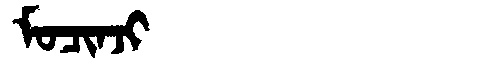
Manchu: ᠮᠣᠴᡳᠨᠵᡳ
Romanization: MOCINJI